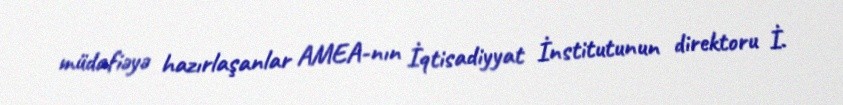
müdafiəyə hazırlaşanlar AMEA-nın İqtisadiyyat İnstitutunun direktoru İ.